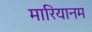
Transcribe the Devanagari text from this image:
मारियानम